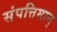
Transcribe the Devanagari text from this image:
संपत्तिमान्